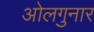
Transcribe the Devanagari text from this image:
ओलगुनार